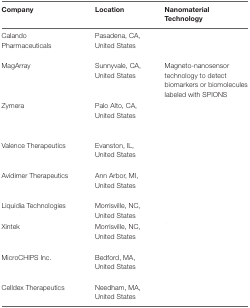
<table><thead><tr><td><b>Company</b></td><td><b>Location</b></td><td><b>Nanomaterial Technology</b></td></tr></thead><tbody><tr><td>Calando Pharmaceuticals</td><td>Pasadena, CA, United States</td><td>[EMPTY_CELL]</td></tr><tr><td>MagArray</td><td>Sunnyvale, CA, United States</td><td>Magneto-nanosensor technology to detect biomarkers or biomolecules labeled with SPIONS</td></tr><tr><td>Zymera</td><td>Palo Alto, CA, United States</td><td>[EMPTY_CELL]</td></tr><tr><td>Valence Therapeutics</td><td>Evanston, IL, United States</td><td>[EMPTY_CELL]</td></tr><tr><td>Avidimer Therapeutics</td><td>Ann Arbor, MI, United States</td><td>[EMPTY_CELL]</td></tr><tr><td>Liquidia Technologies</td><td>Morrisville, NC, United States</td><td>[EMPTY_CELL]</td></tr><tr><td>Xintek</td><td>Morrisville, NC, United States</td><td>[EMPTY_CELL]</td></tr><tr><td>MicroCHIPS Inc.</td><td>Bedford, MA, United States</td><td>[EMPTY_CELL]</td></tr><tr><td>Celldex Therapeutics</td><td>Needham, MA, United States</td><td>[EMPTY_CELL]</td></tr></tbody></table>